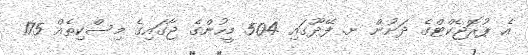
އެ ޕުރޮޖެކްޓްގެ ދަށުން ށ. ފޭދޫގައި 504 މީހުންގެ ޖާގައިގެ މިސްކިތެއް 175